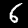
Digit: 6